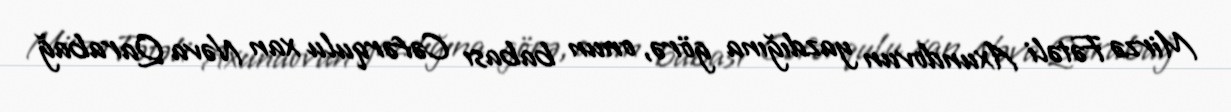
Mirzə Fətəli Axundovun yazdığına görə, onun babası Cəfərqulu xan Nəva Qarabağ